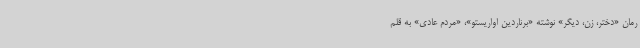
رمان «دختر، زن، دیگر» نوشته «برناردین اواریستو»، «مردم عادی» به قلم